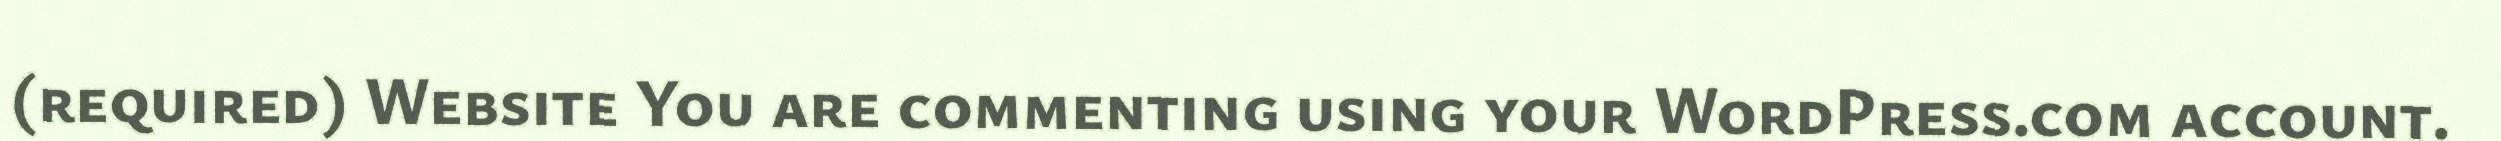
(required) Website You are commenting using your WordPress.com account.